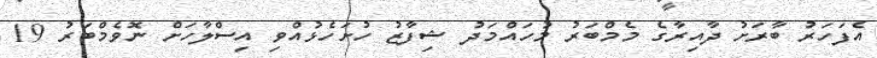
އެފަހަރު ބާރަށު ދާއިރާގެ މެމްބަރު މުހައްމަދު ޝިފާޒު ހުށަހެޅުއްވި އިސްލާހަށް ނޮވެމްބަރު 19